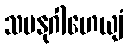
သမနုဂါဟေယျံ